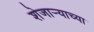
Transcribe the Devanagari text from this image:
शेजार्‍याच्या